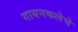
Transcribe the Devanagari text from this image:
गायनकलेचे